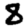
Digit: 8